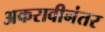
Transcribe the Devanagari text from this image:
अकरावीनंतर